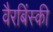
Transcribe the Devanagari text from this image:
वैरबिंस्की